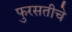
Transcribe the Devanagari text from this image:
फुरसतीचे